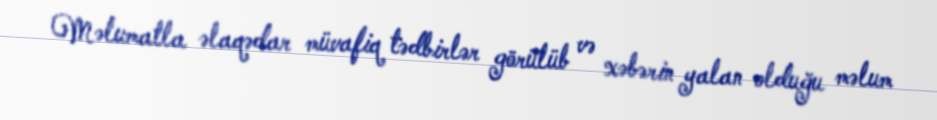
Məlumatla əlaqədar müvafiq tədbirlər görülüb və xəbərin yalan olduğu məlum